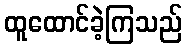
ထူထောင်ခဲ့ကြသည်